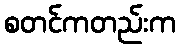
စတင်ကတည်းက